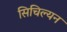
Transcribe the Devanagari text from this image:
सिचिल्यन